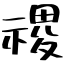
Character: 禝